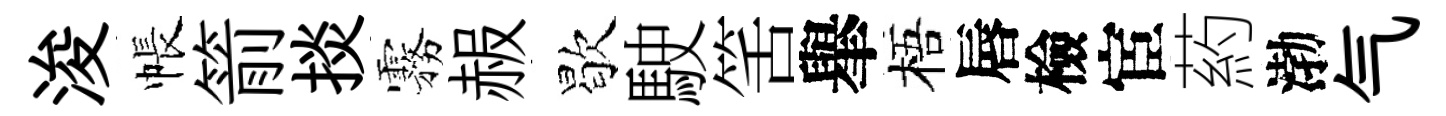
浚帳箭掞霧赧歇駛筈𦦙梧唇檢宦葯渤气